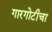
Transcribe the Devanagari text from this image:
गारगोटीचा